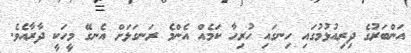
އަންބަރުގެ ދިރިއުޅުމުގައި ހިނގައި ހުރިހާ ކަމެއް އެންމެ ރަނގަޅަށް އެނގޭ މީހަކީ ދާރާއެވެ.